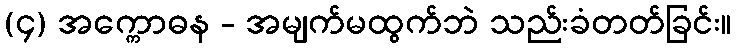
(၄) အက္ကောဓန - အမျက်မထွက်ဘဲ သည်းခံတတ်ခြင်း။